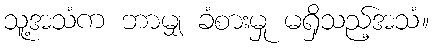
သူ့အသံက ဘာမျှ ခံစားမှု မရှိသည့်အသံ။